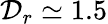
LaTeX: \mathcal{D}_{r}\simeq 1.5